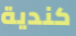
كندية